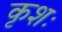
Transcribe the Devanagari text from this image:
कृशः